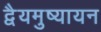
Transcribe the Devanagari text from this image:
द्वैयमुष्यायन